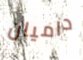
داميان